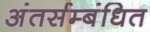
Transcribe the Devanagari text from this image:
अंतर्सम्बंधित